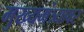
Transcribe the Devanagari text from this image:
मुख्यमंत्र्यावर